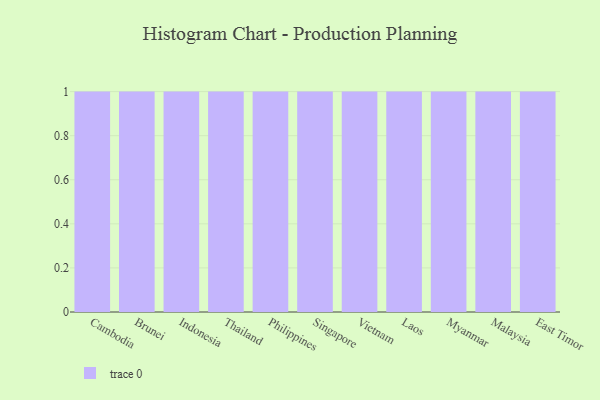
{"axis": {"x": "Country", "y": "Backlog"}, "legend": [""], "data": [{"x": "Cambodia", "y": 83, "type": ""}, {"x": "Brunei", "y": 47, "type": ""}, {"x": "Indonesia", "y": 1, "type": ""}, {"x": "Thailand", "y": 17, "type": ""}, {"x": "Philippines", "y": 76, "type": ""}, {"x": "Singapore", "y": 26, "type": ""}, {"x": "Vietnam", "y": 97, "type": ""}, {"x": "Laos", "y": 63, "type": ""}, {"x": "Myanmar", "y": 59, "type": ""}, {"x": "Malaysia", "y": 30, "type": ""}, {"x": "East Timor", "y": 81, "type": ""}]}